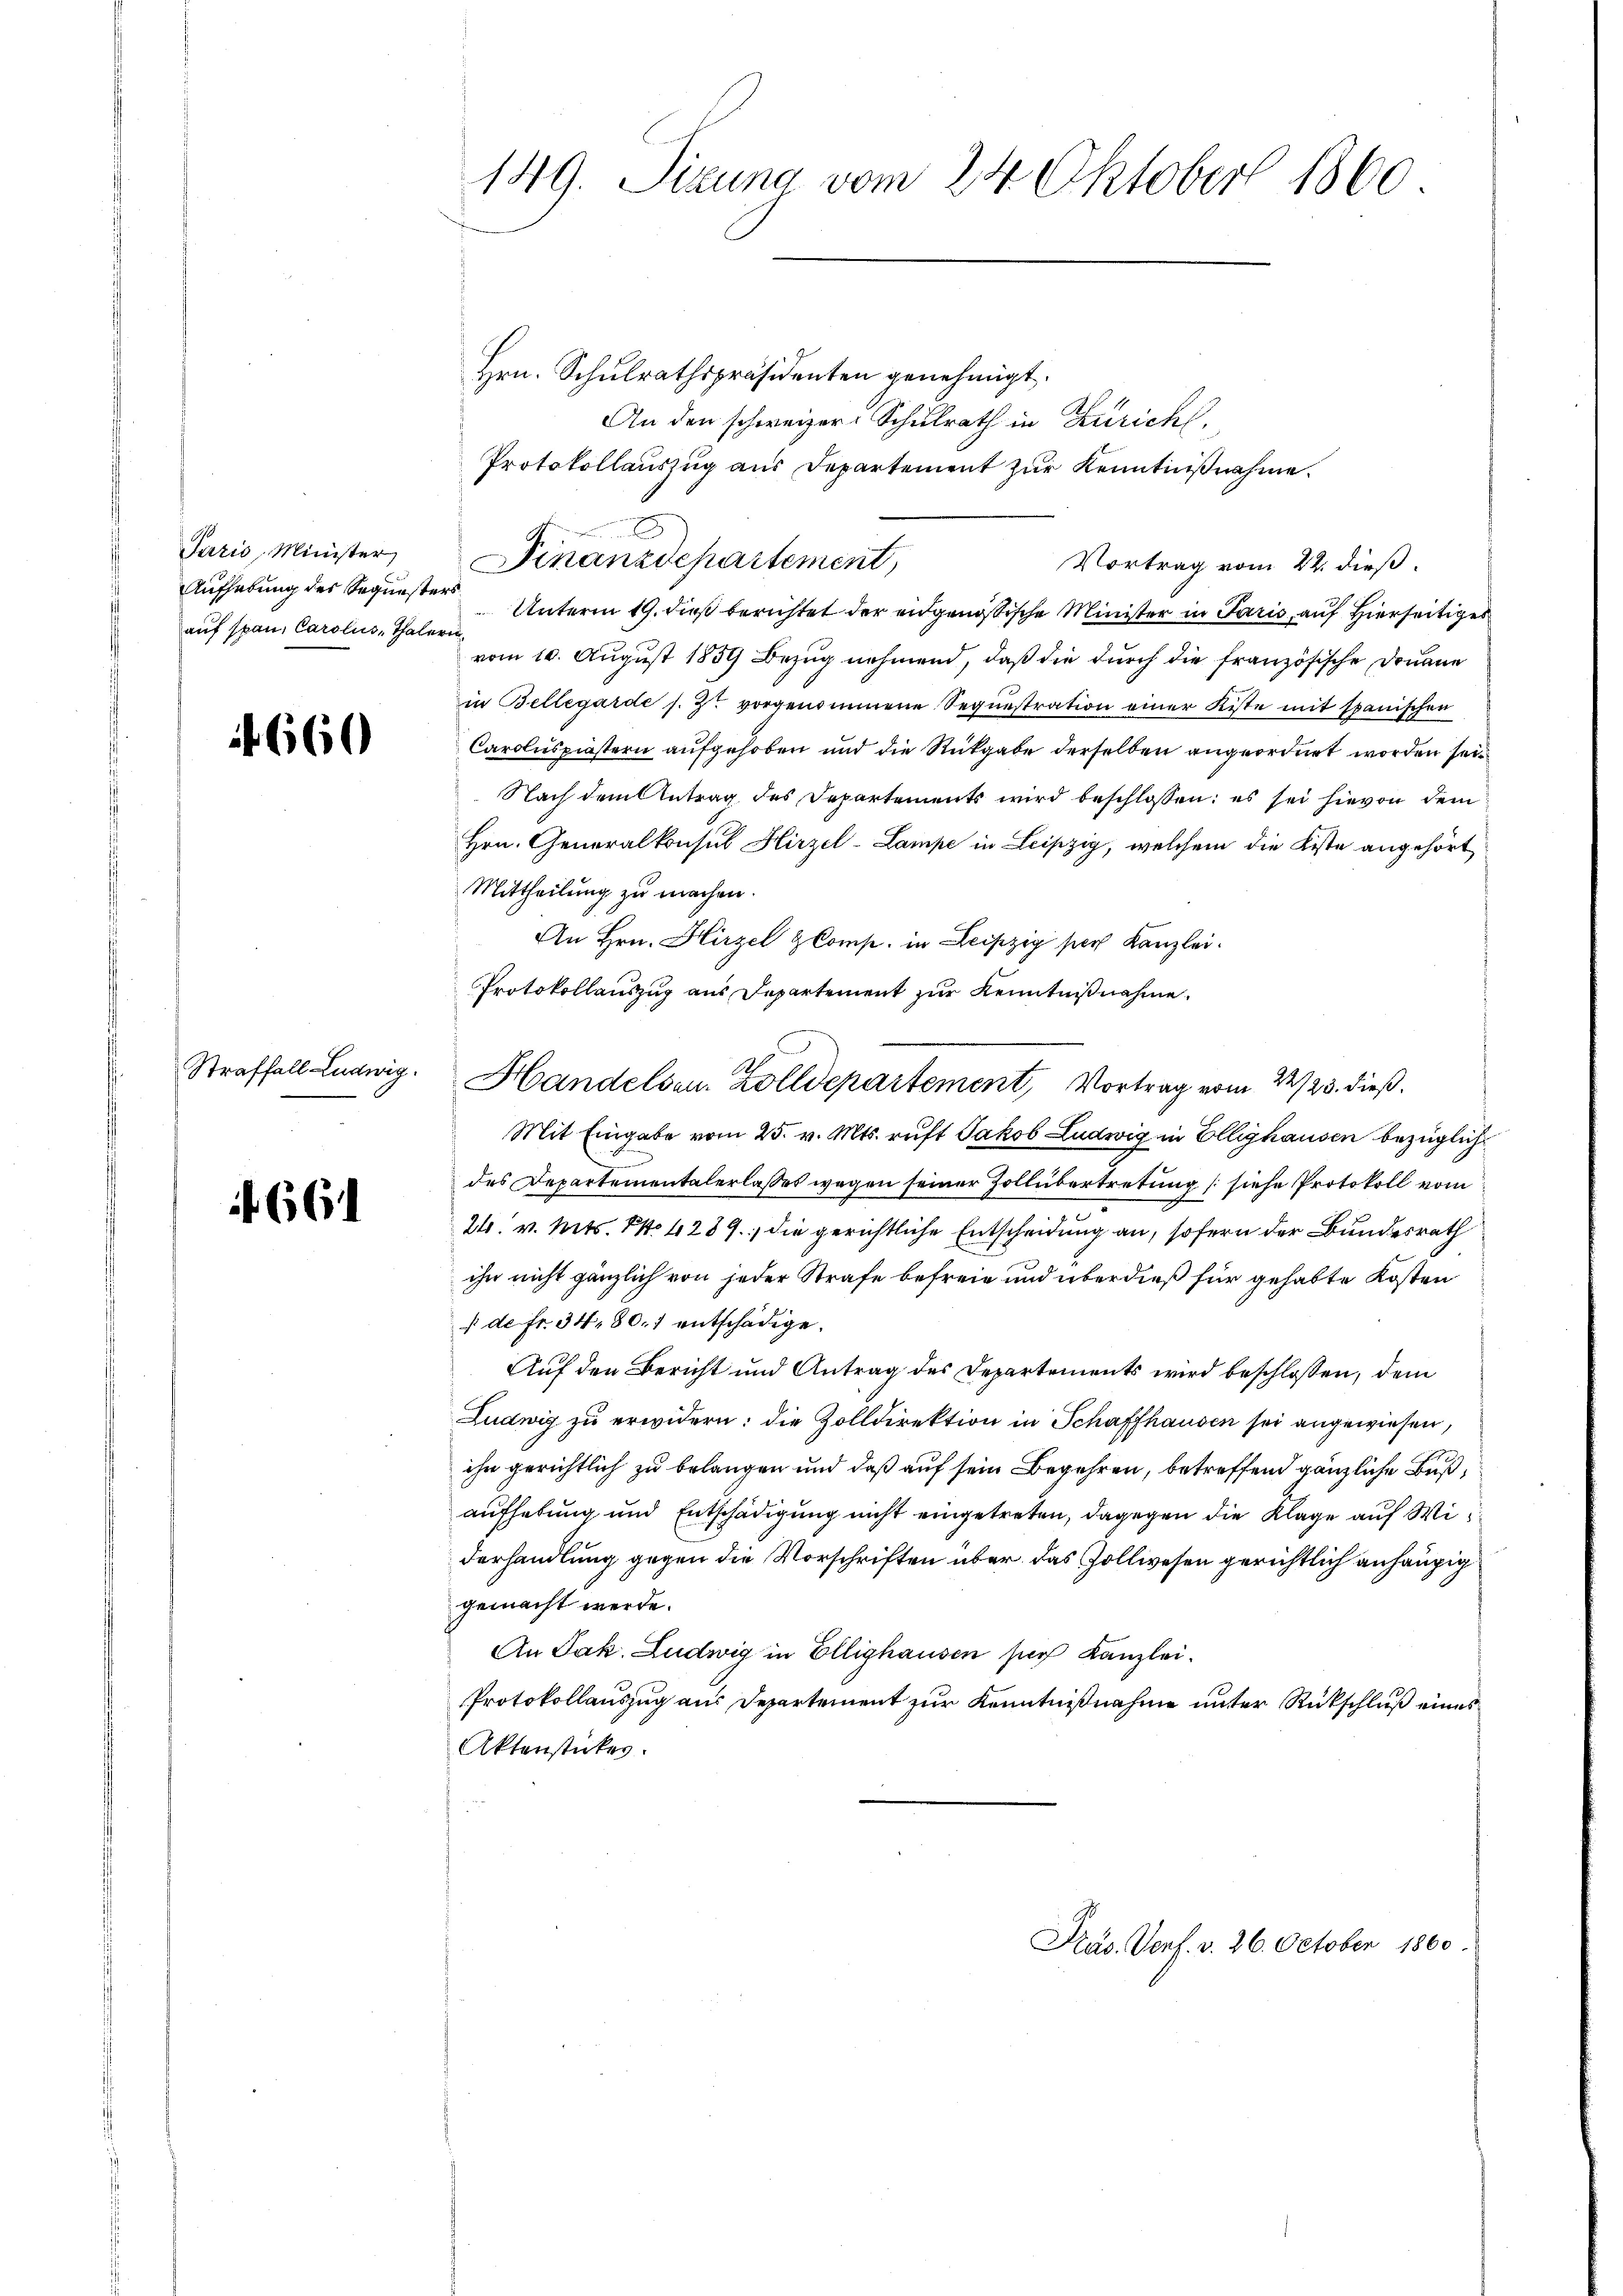
Paris, Minister
Aufhebung des Sequest
auf span, Carolins, Thale

660

Straffall Ludwig.

661

149. Sizung vom 24. Oktober 1860

Hrn. Schulrathspräsidenten genehmigt.
An den schweizer Schulrath in Züricht.
Protokollauszug aus Departement zur Kenntnißnahme.
Vortrag vom 22. dieß.
Unterm 19. dieß berichtet der eidgenößische Minister in Paris, auf Hierseiti
at
vom 10. August 1859 Bezug nehmend, daß die durch die französische Douane
in Bellegarde s. Zt. vorgenommene Sequestration einer Kiste mit spanischen
Caroluspiestern aufgehoben und die Rückgabe derselben angeordnet worden sei
Nach dem Antrag des Departements wird beschlossen: es sei hievon dem
Hrn. Generalkonsul Hirzel-Lampe in Leipzig, welchem die Kiste angehört
Mittheilung zu machen.
An Hrn. Hirzel & Comp. in Leipzig sich Kanzlei.
Protokollauszug aus Departement zur Kenntnißnahme.
Mit Eingabe vom 25. v. Mts. ruft Jakob Ludwig in Ellighausen bezüglich
des Departementalerlasses wegen seiner Zollübertretung (siehe Protokoll vom
c
24. v. Mts. 1. 4289. die gerichtliche Entscheidung an, sofern der Bundesrath
ihn nicht gänzlich von jeder Strafe befreie und überdieß für gehabte Kosten
 de Fr. 34, 80. 1 entschädige.
Auf den Bericht und Antrag des Departements wird beschlossen, dem
Ludwig zu erwidern: die Zolldirektion in Schaffhausen sei angewiesen,
ihn gerichtlich zu belangen und daß auf sein Begehren, betreffend gänzliche Bußaufhebung und Entschädigung nicht eingetreten, dagegen die Klage auf Widerhandlung gegen die Vorschriften über das Zollwesen gerichtlich anhäupig
gemacht werde.
An Jak. Ludwig in Ellighausen sich Kanzlei.
Protokollauszug aus Departement zur Kenntnißnahme unter Rückschluß eines
Aktenstückes.
Präs. Vorf. v. 26. October 1860

Finanzdepartement,

A
Handelsen. Zolldepartement, Vortrag vom 22/23. dieß